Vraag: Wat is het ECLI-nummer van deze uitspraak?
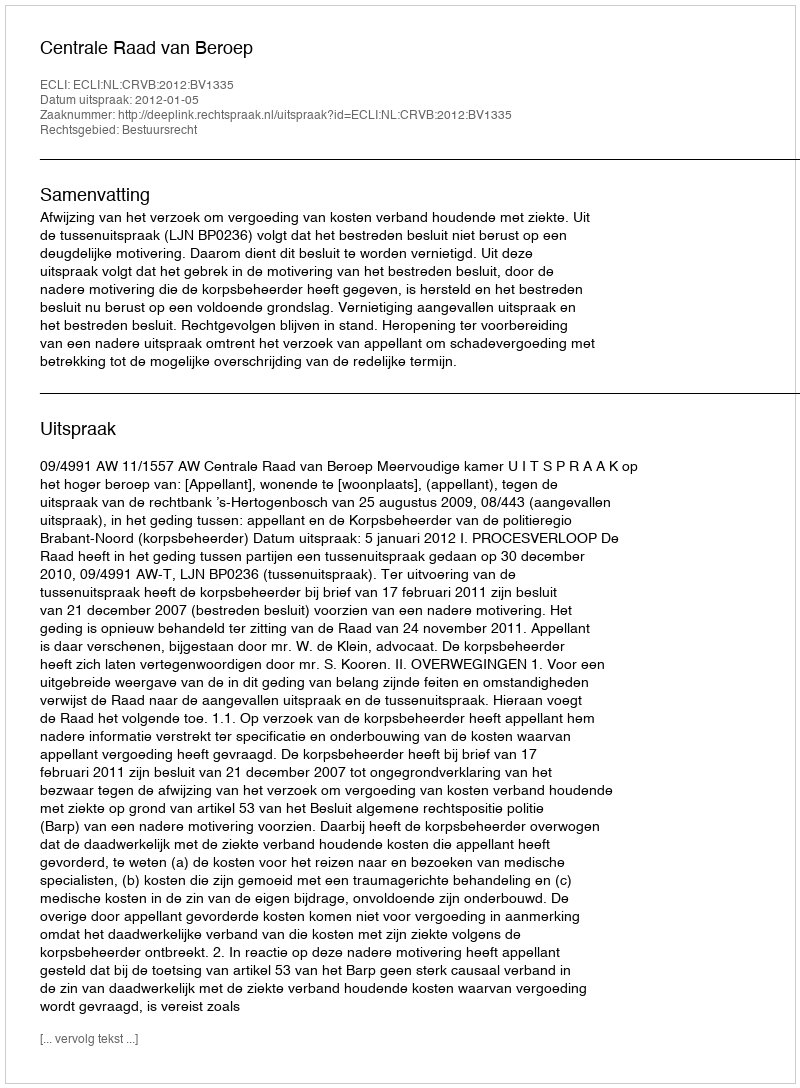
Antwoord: ECLI:NL:CRVB:2012:BV1335